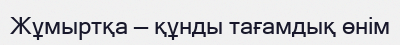
Жұмыртқа — құнды тағамдық өнім